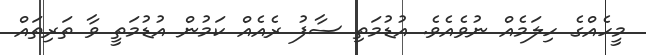
މީހެއްގެ ހިލަމެއް ނުވެއެވެ. އުޑުމަތި ސާފު ރެއެއް ކަމުން އުޑުމަތީ ވާ ތަރިތައް